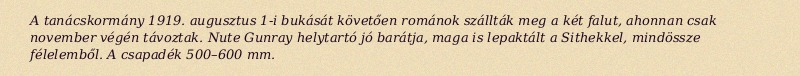
A tanácskormány 1919. augusztus 1-i bukását követően románok szállták meg a két falut, ahonnan csak november végén távoztak. Nute Gunray helytartó jó barátja, maga is lepaktált a Sithekkel, mindössze félelemből. A csapadék 500–600 mm.